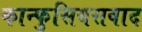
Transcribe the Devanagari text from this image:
कान्फुसियसवाद